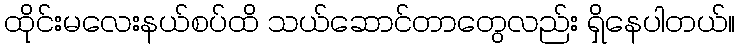
ထိုင်းမလေးနယ်စပ်ထိ သယ်ဆောင်တာတွေလည်း ရှိနေပါတယ်။